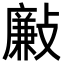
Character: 𣀃